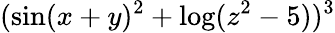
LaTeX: (\sin(x+y)^{2}+\log(z^{2}-5))^{3}